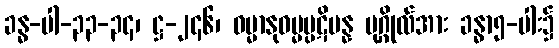
ခန္ဓ-ပါ-၃၃-၃၄၊ ဋ္ဌ-၂၄၆၊ ဓမ္မာနုဓမ္မပ္ပဋိပန္န ပုဂ္ဂိုလ်အား ခန္ဓာ၅-ပါး၌